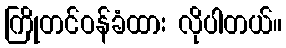
ကြိုတင်ဝန်ခံထား လိုပါတယ်။